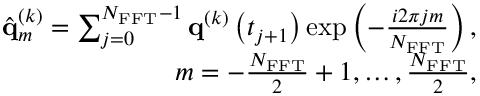
\begin{array} { r } { \hat { { \mathbf { q } } } _ { m } ^ { \left( k \right) } = \sum _ { j = 0 } ^ { N _ { \mathrm { F F T } } - 1 } { \mathbf { q } } ^ { \left( k \right) } \left( t _ { j + 1 } \right) \exp \left( - \frac { i 2 \pi j m } { N _ { \mathrm { F F T } } } \right) , } \\ { m = - \frac { N _ { \mathrm { F F T } } } { 2 } + 1 , \dots , \frac { N _ { \mathrm { F F T } } } { 2 } , } \end{array}